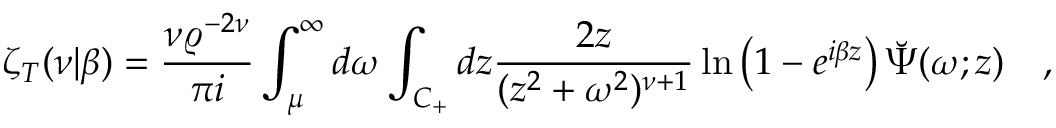
\zeta _ { T } ( \nu | \beta ) = { \frac { \nu \varrho ^ { - 2 \nu } } { \pi i } } \int _ { \mu } ^ { \infty } d \omega \int _ { C _ { + } } d z { \frac { 2 z } { ( z ^ { 2 } + \omega ^ { 2 } ) ^ { \nu + 1 } } } \ln \left( 1 - e ^ { i \beta z } \right) \breve { \Psi } ( \omega ; z ) ~ ~ ~ ,